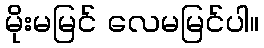
မိုးမမြင် လေမမြင်ပါ။